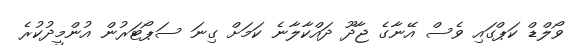
ވޯލްޑް ކަޕްގައި ވެސް އޭނާގެ ޖާދޫ ދައްކާލާނެ ކަމަށް ގިނަ ސަޕޯޓަރުން އުންމީދުކުރެ